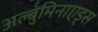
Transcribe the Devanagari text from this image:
अल्बुमिनाएड्स